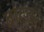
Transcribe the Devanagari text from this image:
बांदवर